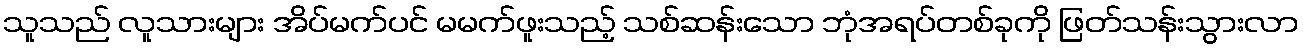
သူသည် လူသားများ အိပ်မက်ပင် မမက်ဖူးသည့် သစ်ဆန်းသော ဘုံအရပ်တစ်ခုကို ဖြတ်သန်းသွားလာ